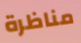
مناظرة